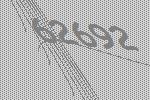
62692